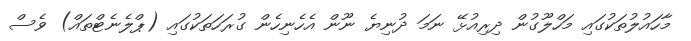
މާހައުލުތަކުގައި މަހްލޫގުން ދިރިއުޅޭ ނަމަ ދުނިޔެ ނޫން އެހެނިހެން ގުރަހަތަކުގައި (ޕްލެނެޓްތައް) ވެސް